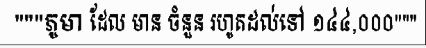
"""ភូមា ដែល មាន ចំនួន រហូតដល់ទៅ ១៤៤,០០០"""